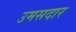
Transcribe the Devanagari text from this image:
उमसदार